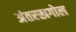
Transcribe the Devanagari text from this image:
अंतरखगोल